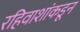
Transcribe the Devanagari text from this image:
रहिवाशांकडून